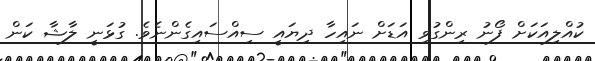
ކުއްލިއަކަށް ފޯނު ރިންގުވި އަޑަށް ނައިހާ ދިޔައީ ސިއްސައިގެންނެވެ. ގުޅަނީ ލާޝާ ކަން